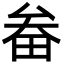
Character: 畚